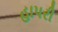
હાપરી